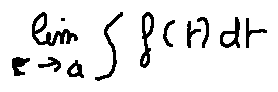
\lim \limits _ { c \rightarrow a } \int f ( t ) d t